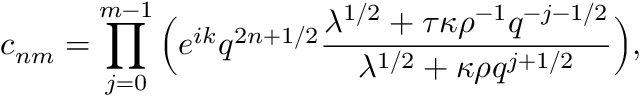
c _ { n m } = \prod _ { j = 0 } ^ { m - 1 } \Big ( e ^ { i k } q ^ { 2 n + 1 / 2 } \frac { \lambda ^ { 1 / 2 } + \tau \kappa \rho ^ { - 1 } q ^ { - j - 1 / 2 } } { \lambda ^ { 1 / 2 } + \kappa \rho q ^ { j + 1 / 2 } } \Big ) ,